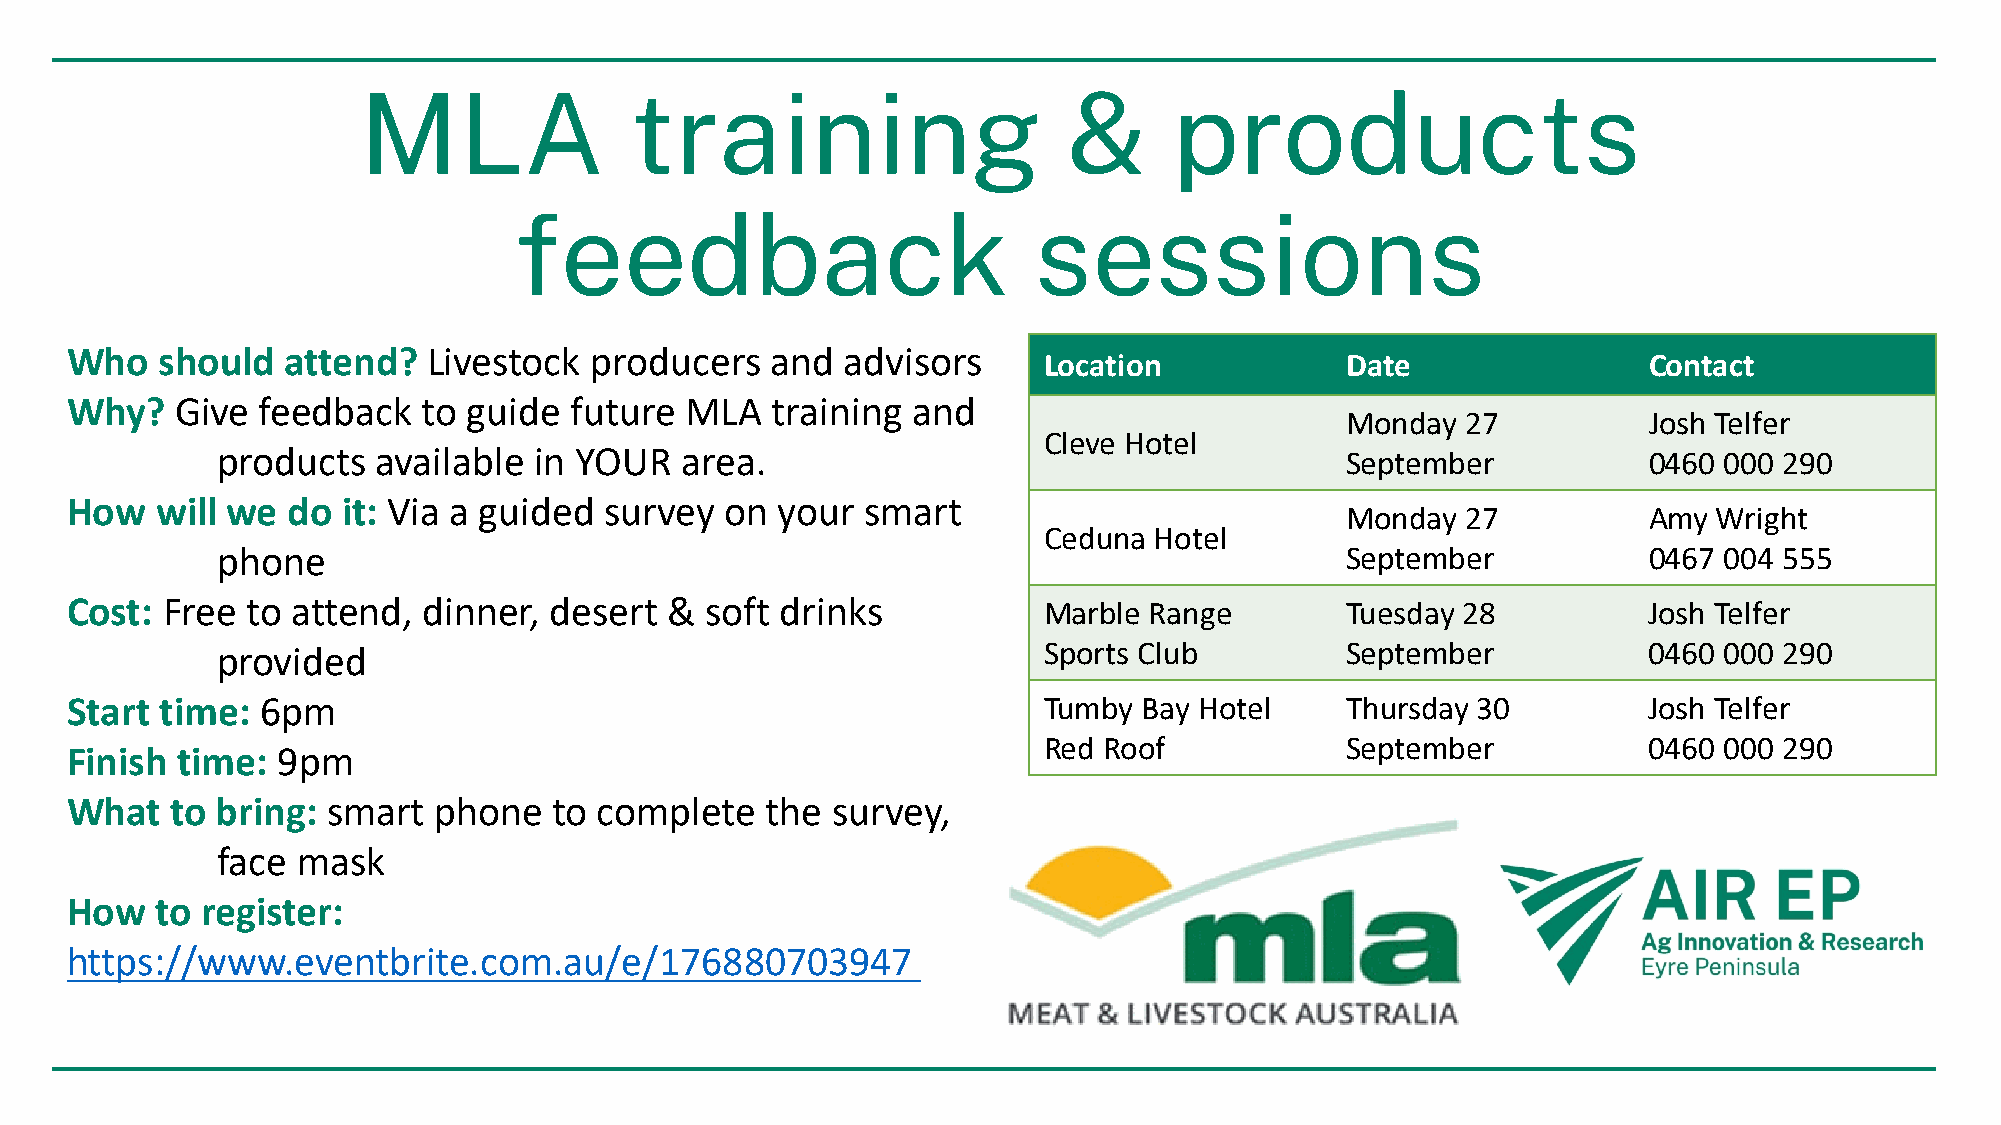
MLA               training                     &      products
 feedback                          sessions
 Who    should  attend?  Livestock  producers   and  advisors
 Location            Date                Contact
 Why?    Give feedback   to guide  future MLA   training and
 Monday  27          Josh Telfer
 Cleve Hotel
 products   available in YOUR   area.                                       September           0460 000 290
 How   will we  do  it: Via a guided survey  on your  smart
 Monday  27          Amy  Wright
 Ceduna Hotel
 phone                                                                      September           0467 004 555
 Cost:  Free to attend,  dinner, desert  &  soft drinks           Marble Range        Tuesday 28          Josh Telfer
 provided                                               Sports Club         September           0460 000 290
 Start  time: 6pm                                                 Tumby  Bay Hotel    Thursday 30         Josh Telfer
 Red Roof            September           0460 000 290
 Finish  time: 9pm
 What   to bring:  smart  phone   to complete   the survey,
 face  mask
 How   to register:
 https://www.eventbrite.com.au/e/176880703947